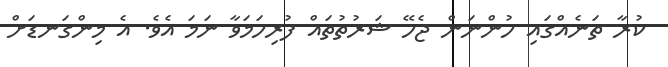
ކުރާ ތަނެއްގައި ހުންނަން ޖެހޭ ޝަރުތުތައް ފުރިހަމަވާ ނަމަ އެވެ. އެ މިންގަނޑަށް